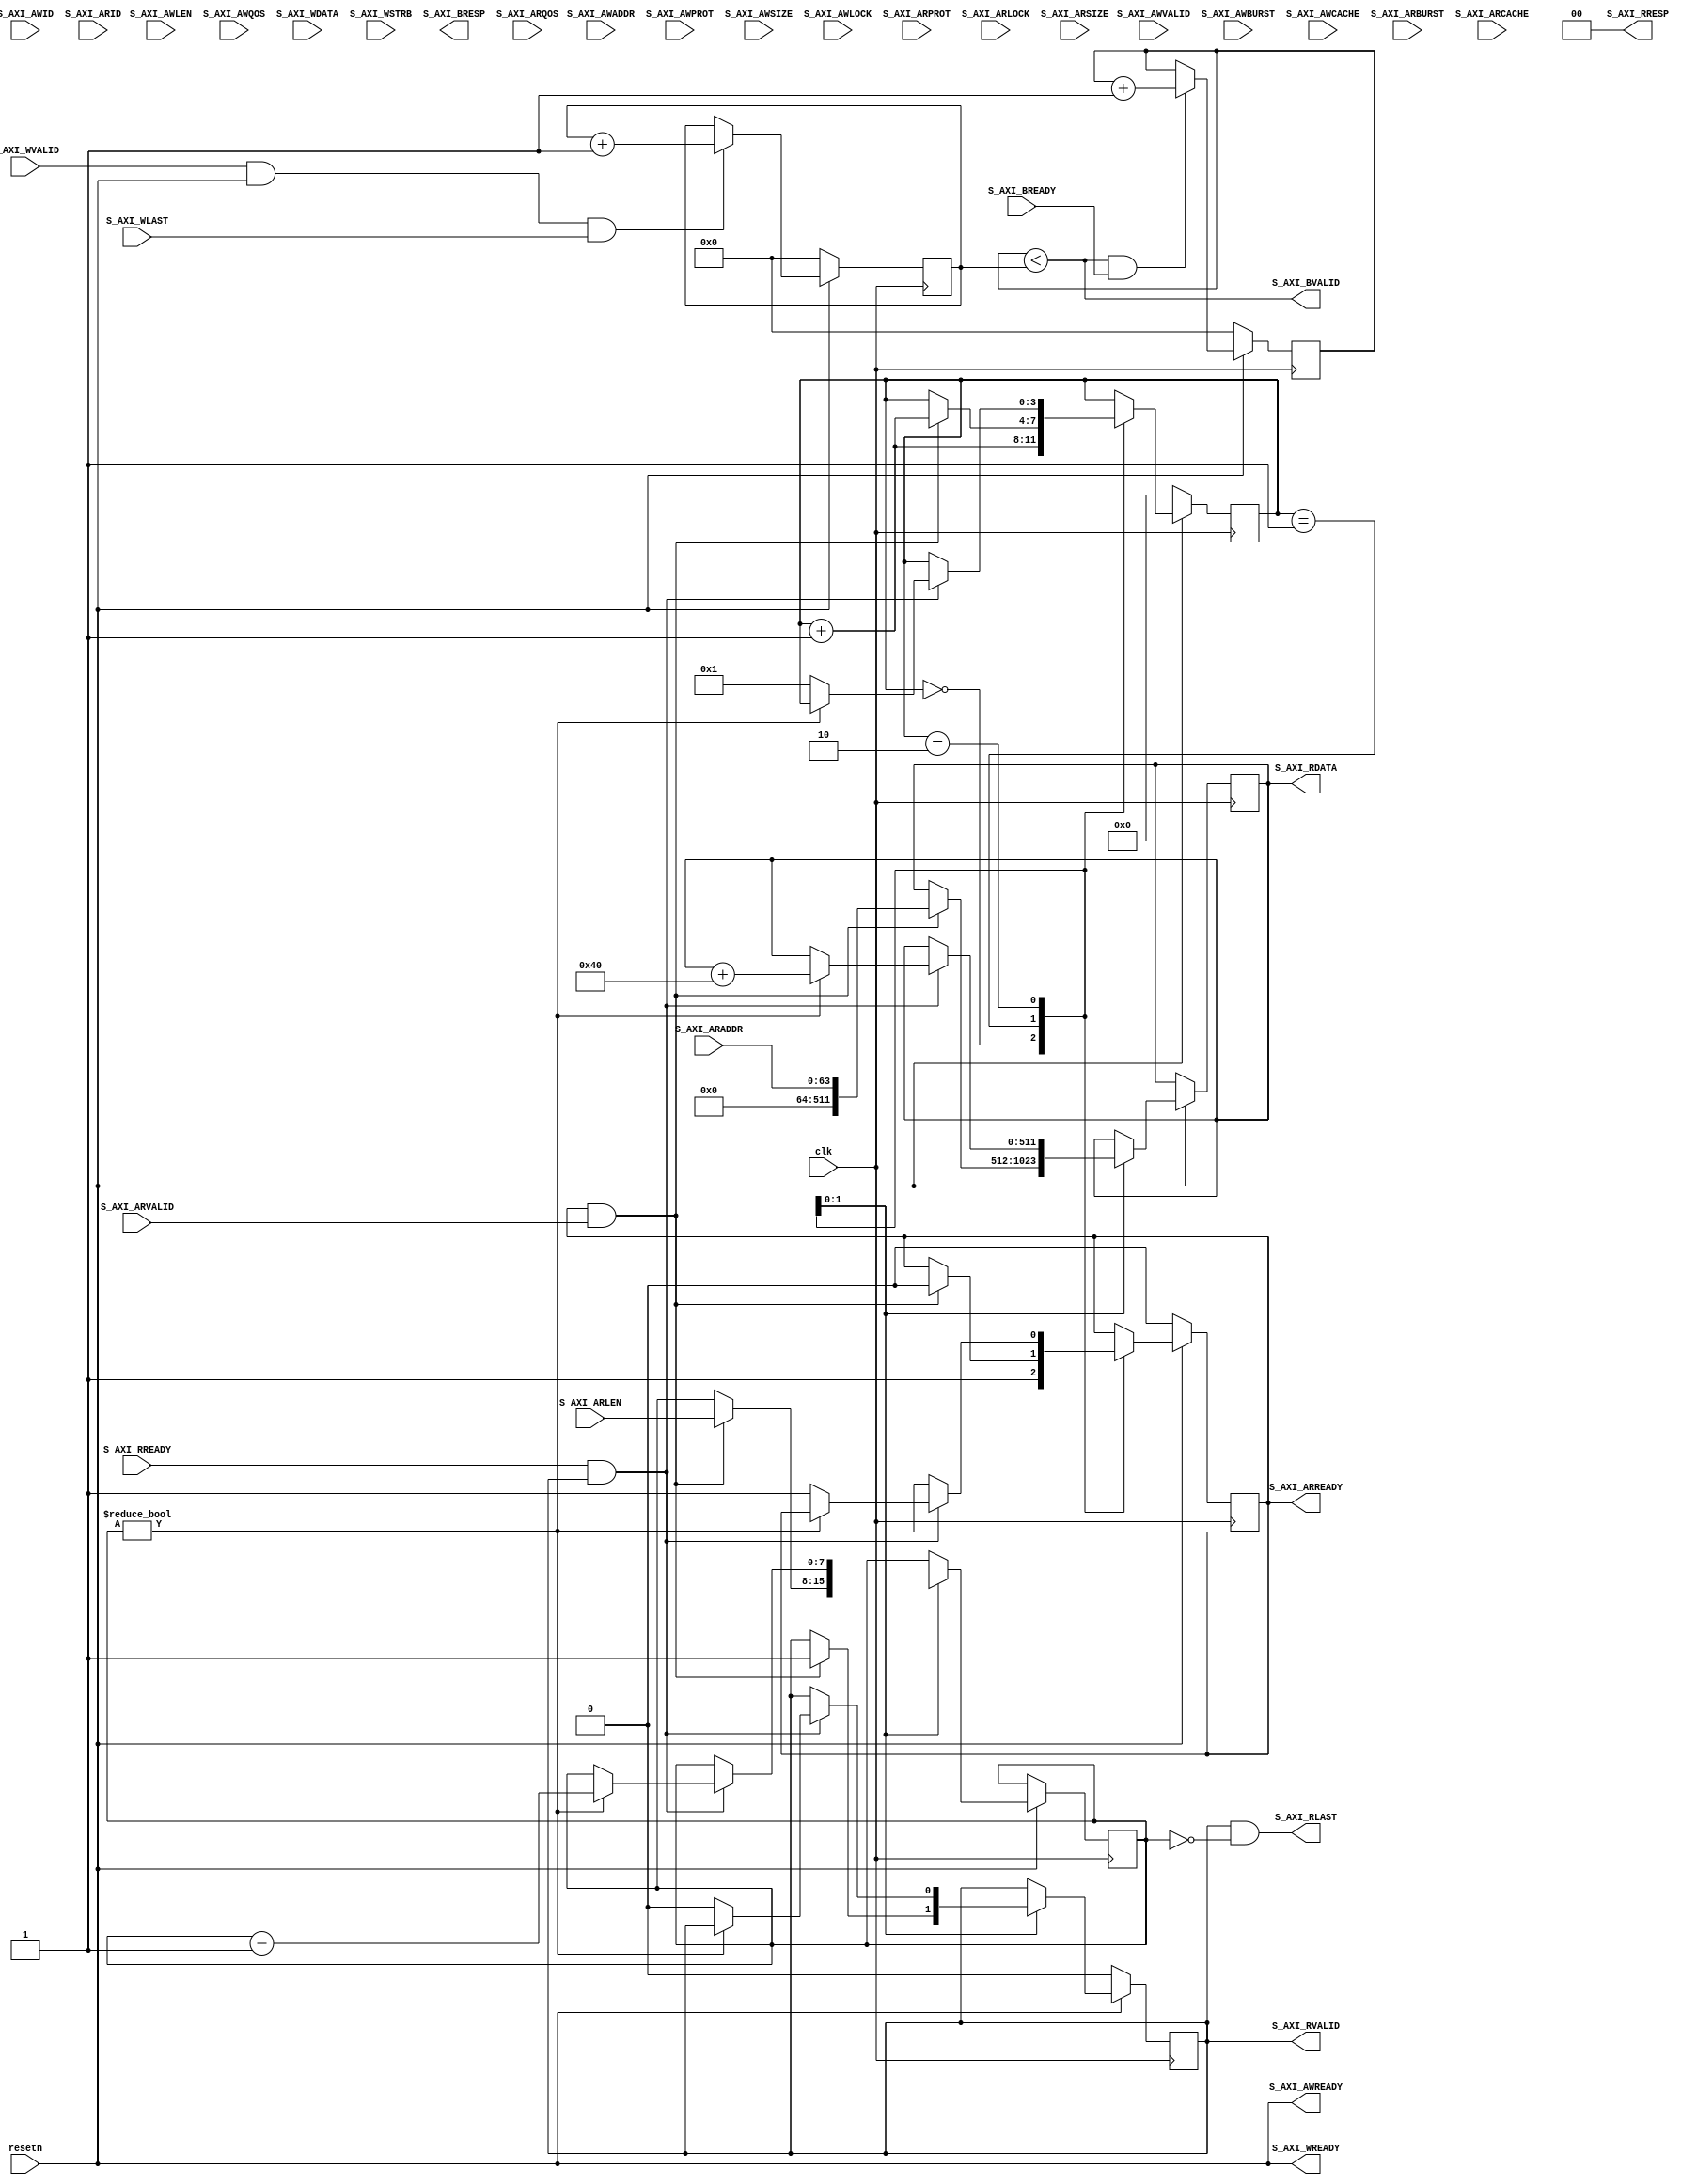
`define S_AXI_ADDR_WIDTH 64
`define S_AXI_DATA_WIDTH 512
    
module pcie_source
(
    input   clk, resetn,
    
    //======================  An AXI Slave Interface  =========================
    
    // "Specify write address"         -- Master --    -- Slave --
    input[`S_AXI_ADDR_WIDTH-1:0]      S_AXI_AWADDR,
    input                             S_AXI_AWVALID,
    input[2:0]                        S_AXI_AWPROT,
    input[3:0]                        S_AXI_AWID,
    input[7:0]                        S_AXI_AWLEN,
    input[2:0]                        S_AXI_AWSIZE,
    input[1:0]                        S_AXI_AWBURST,
    input                             S_AXI_AWLOCK,
    input[3:0]                        S_AXI_AWCACHE,
    input[3:0]                        S_AXI_AWQOS,
    output                                              S_AXI_AWREADY,
    
    
    // "Write Data"                    -- Master --    -- Slave --
    input[`S_AXI_DATA_WIDTH-1:0]      S_AXI_WDATA,
    input                             S_AXI_WVALID,
    input[(`S_AXI_DATA_WIDTH/8)-1:0]  S_AXI_WSTRB,
    input                             S_AXI_WLAST,
    output                                              S_AXI_WREADY,
    
    
    // "Send Write Response"           -- Master --    -- Slave --
    output [1:0]                                        S_AXI_BRESP,
    output                                              S_AXI_BVALID,
    input                             S_AXI_BREADY,
    
    // "Specify read address"          -- Master --    -- Slave --
    input[`S_AXI_ADDR_WIDTH-1:0]      S_AXI_ARADDR,
    input                             S_AXI_ARVALID,
    input[2:0]                        S_AXI_ARPROT,
    input                             S_AXI_ARLOCK,
    input[3:0]                        S_AXI_ARID,
    input[7:0]                        S_AXI_ARLEN,
    input[2:0]                        S_AXI_ARSIZE,
    input[1:0]                        S_AXI_ARBURST,
    input[3:0]                        S_AXI_ARCACHE,
    input[3:0]                        S_AXI_ARQOS,
    output reg                                          S_AXI_ARREADY,
    
    // "Read data back to master"      -- Master --    -- Slave --
    output reg [`S_AXI_DATA_WIDTH-1:0]                 S_AXI_RDATA,
    output reg                                         S_AXI_RVALID,
    output[1:0]                                        S_AXI_RRESP,
    output                                             S_AXI_RLAST,
    input                             S_AXI_RREADY
    //==========================================================================
    
);

reg[31:0] delay;
reg[ 7:0] arlen;
reg[ 3:0] fsm_state;

assign S_AXI_RLAST = S_AXI_RVALID & (arlen == 0);
assign S_AXI_RRESP = 0;



always @(posedge clk) begin
    
    if (delay) delay <= delay - 1;
    
    if (resetn == 0) begin
        fsm_state     <= 0;
        S_AXI_ARREADY <= 0;
        S_AXI_RVALID  <= 0;
    end else case(fsm_state)

        0:  begin
                S_AXI_ARREADY <= 1;
                fsm_state     <= fsm_state + 1;
            end

        1:  if (S_AXI_ARREADY & S_AXI_ARVALID) begin
                arlen         <= S_AXI_ARLEN;
                S_AXI_ARREADY <= 0;
                S_AXI_RDATA   <= S_AXI_ARADDR;
                S_AXI_RVALID  <= 1;
                fsm_state     <= fsm_state + 1;
            end


        2:  if (S_AXI_RREADY & S_AXI_RVALID) begin
                if (arlen) begin
                    S_AXI_RDATA <= S_AXI_RDATA + 64;
                    arlen       <= arlen - 1;
                end else begin
                    S_AXI_RVALID  <= 0;
                    S_AXI_ARREADY <= 1;
                    fsm_state     <= 1;
                end
            end

    endcase
end


reg[63:0] bursts_in, bursts_ackd;

assign S_AXI_AWREADY = (resetn == 1);
assign S_AXI_WREADY  = (resetn == 1);

always @(posedge clk) begin
    if (resetn == 0)
        bursts_in <= 0;
    else if (S_AXI_WVALID & S_AXI_WREADY & S_AXI_WLAST)
        bursts_in <= bursts_in + 1;
end

assign S_AXI_BVALID = (bursts_ackd < bursts_in);
always @(posedge clk) begin
    if (resetn == 0)
        bursts_ackd <= 0;
    else if (S_AXI_BVALID & S_AXI_BREADY)
        bursts_ackd <= bursts_ackd + 1;
end


    
endmodule